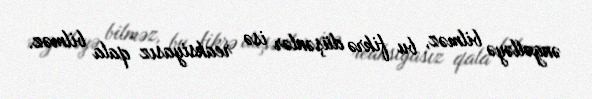
əngəlləyə bilməz, bu fikrə düşənlər isə reaksiyasız qala bilməz.